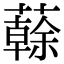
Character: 𧁀